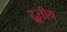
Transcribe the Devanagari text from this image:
द्रुतीय